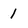
Character: 1